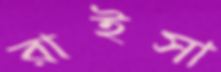
রাইসা